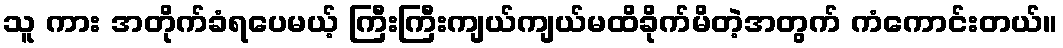
သူ ကား အတိုက်ခံရပေမယ့် ကြီးကြီးကျယ်ကျယ်မထိခိုက်မိတဲ့အတွက် ကံကောင်းတယ်။